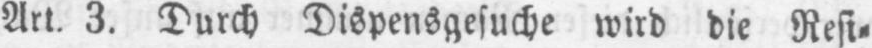
Art. 3. Durch Dispensgesuche wird die Resi⸗